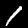
Label: 1